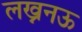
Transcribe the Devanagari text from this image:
लख्ननऊ